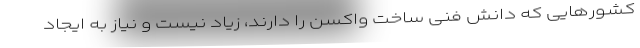
کشورهایی که دانش فنی ساخت واکسن را دارند، زیاد نیست و نیاز به ایجاد